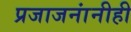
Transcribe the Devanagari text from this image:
प्रजाजनांनीही